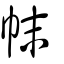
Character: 帓